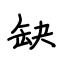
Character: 缺